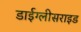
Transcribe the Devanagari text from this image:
डाईग्लीसराइड